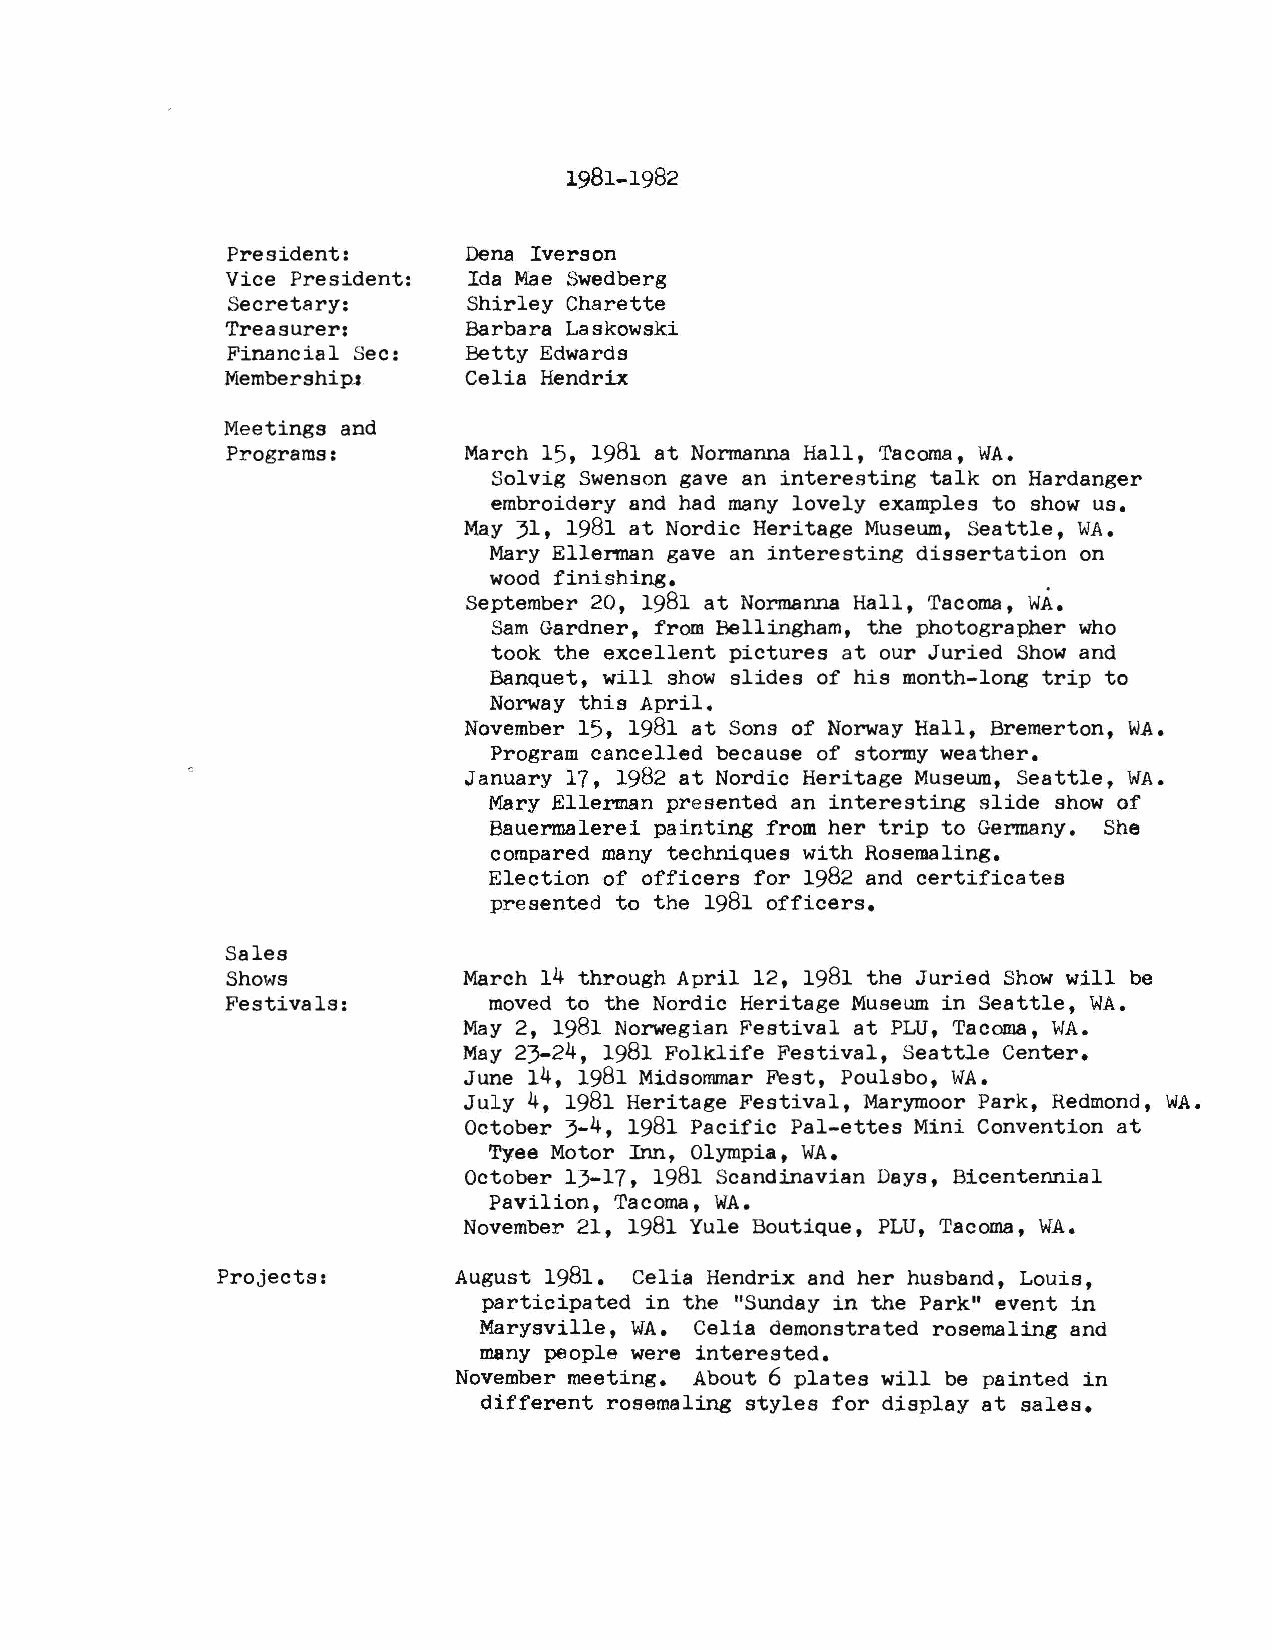
1981-1982
 President:      Dena Iverson
 Vice President: Ida Mae Swedberg
 Secretary:      Shirley Charette
 Treasurer:      Barbara Laskowski
 Financial Sec:  Betty Edwards
 Membership-2    Celia Hendrix
 Meetings and
 Programs:       March 15, 1981 at Normanna Hall, Tacoma, WA.
 Selvig Swenson gave an interesting talk on Hardanger
 embroidery and had many lovely examples to show us.
 May 31, 1981 at Nordic Heritage Museum, Seattle, WA.
 Mary Ellerman gave an interesting dissertation on
 wood finishing.
 WA.
 September 20, 1981 at Normanna Hall, Tacoma,
 Sam Gardner, from Bellingham, the photographer who
 took the excellent pictures at our Juried Show and
 Banquet, will show slides of his month-long trip to
 Norway this April.
 November 15, 1981 at Sons of Norway Hall, Bremerton, WA.
 Program cancelled because of stormy weather.
 January 17, 1982 at Nordic Heritage Museum, Seattle, WA.
 Mary Ellerman presented an interesting slide show of
 Bauermalerei painting from her trip to Germany. She
 compared many techniques with Rosemaling.
 Election of officers for 1982 and certificates
 presented to the 1981 officers.
 Sales
 Shows           March 14 through April 12, 1981 the Juried Show will be
 Festivals:       moved to the Nordic Heritage Museum in Seattle, WA.
 May 2, 1981 Norwegian Festival at PLU, Tacoma, WA.
 May 23-24, 1981 Folklife Festival, Seattle Center.
 June 14, 1981 Midsommar Fest, Poulsbo, WA.
 July 4, 1981 Heritage Festival, Marymoor Park, Redmond, WA.
 October 3-4, 1981 Pacific Pal-ettes Mini Convention at
 Tyee Motor Inn, Olympia, WA.
 October 13-17, 1981 Scandinavian Days, Bicentennial
 Pavilion, Tacoma, WA.
 November 21, 1981 Yule Boutique, PLU, Tacoma, WA.
 Projects:       August 1981. Celia Hendrix and her husband, Louis,
 participated in the "Sunday in the Park" event in
 Marysville, WA. Celia demonstrated rosemaling and
 many people were interested.
 November meeting. About 6 plates will be painted in
 different rosemaling styles for display at sales.